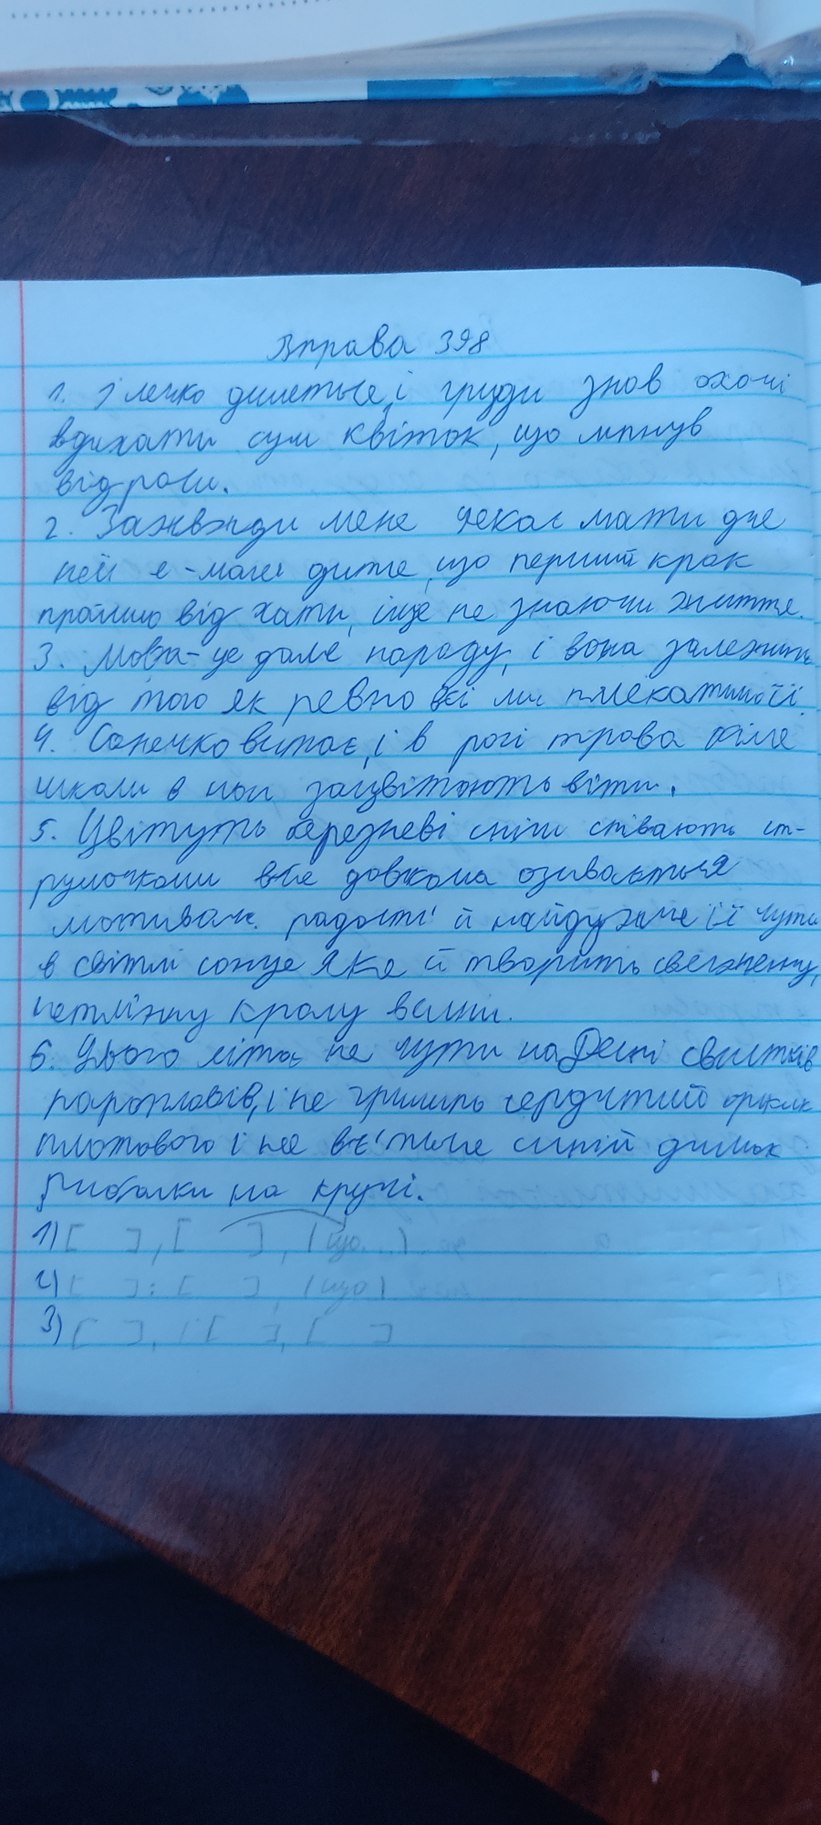
Вправа 398
1. І легко дишеться, і груди знов охочі
вдихати сум квіток, що ліпнув
від роси.
2. Завжди мене чекає мати для
ней я - мале дитя, що перший крок
пройшло від хати, іще не знаючи життя.
3. Мова - це доля народу, і вона залежить
від того як ревно всі ми плекатимемо її.
4. Сонечко встає, і в росі трава біля.
школи в нас зацвітуть віти.
5. Цвітуть березневі сніги співають ст-
румочками,все довкола озиваєтся
мотивом радості і найдужче іі чуть
в світлі сонця,яке й творить священну,
нетлінну красу весни.
5. Цього літа не чути на Десні свистків
пароплавів, не гримить сердитий оріклк
плотового і не в'ється синій димок
рибалки на кручі.​
1) [ ], [ ], (що...)
2) [ ] : [ ], (що...)
3) [ ], і [ ], [ ]